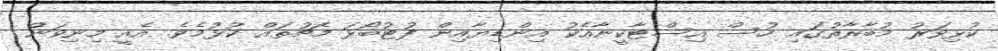
ކުޅިވަރު މުބާރާތުގައި ހުސް އިސްޓާކީނާއެކު އިންޑިޔާއިން ފުޓުބޯޅަ މެޗުތައް ކުޅުމެވެ. އެއީ މިނިވަން